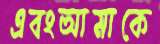
এবংআমাকে